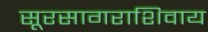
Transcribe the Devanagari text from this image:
सूरसागराशिवाय